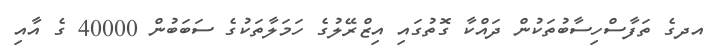
އދގެ ތަފާސްހިސާބުތަކުން ދައްކާ ގޮތުގައި އިޒްރޭލުގެ ހަމަލާތަކުގެ ސަބަބުން 40000 ގެ އާއި